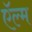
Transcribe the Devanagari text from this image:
ऍल्म